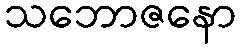
သဘောဇနော